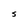
Character: S